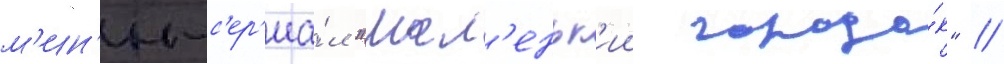
м'ин'и-с'ер'иа́л "мал'еньк'ии городо́к" /